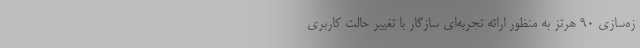
زه‌سازی 90 هرتز به منظور ارائه تجربه‌ای سازگار با تغییر حالت کاربری